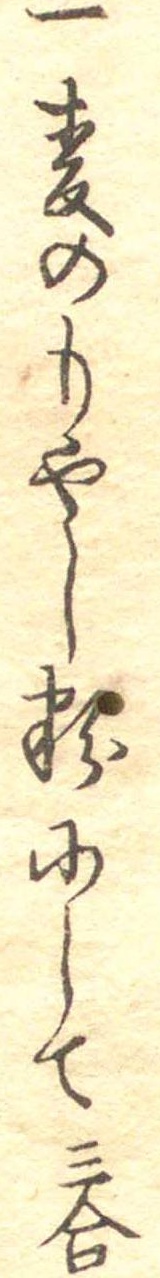
一麦のもやし粉にして三合